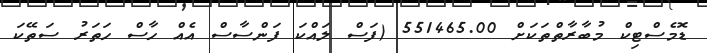
ޑޮމެސްޓިކް މުބާރާތްތަކަށް 551465.00 (ފަސް ލައްކަ ފަންސާސް އެއް ހާސް ހަތަރު ސަތޭކަ